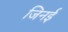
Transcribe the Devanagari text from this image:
जिनई